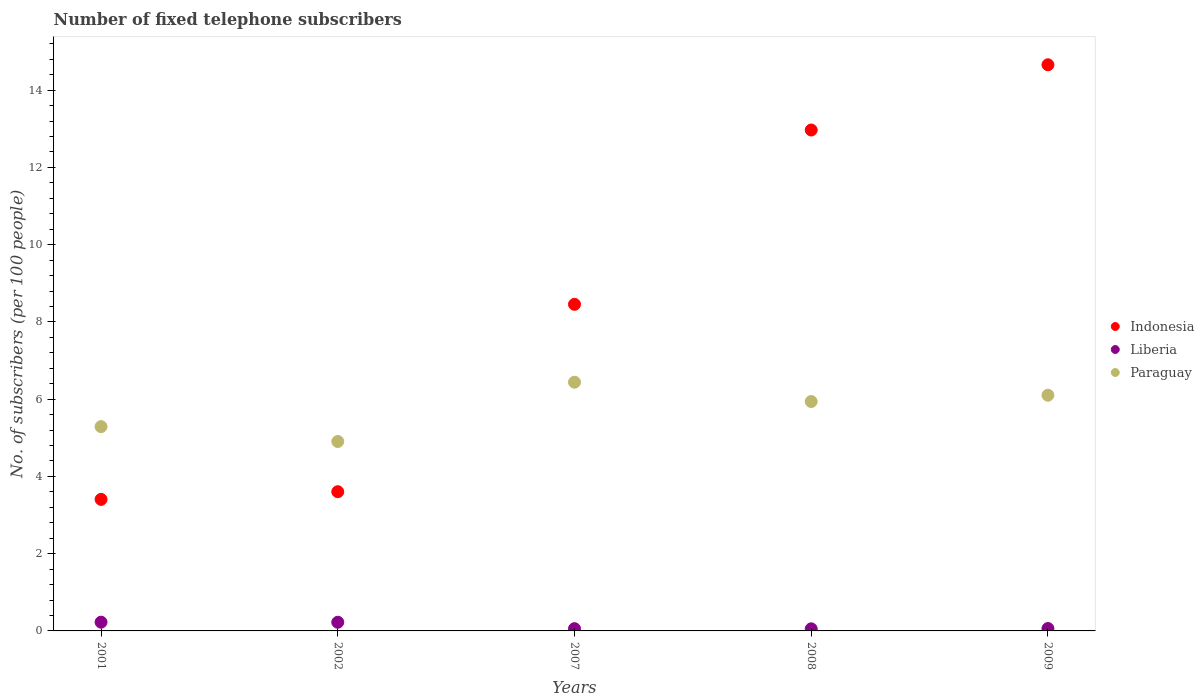
| Years | Indonesia | Liberia | Paraguay |
 | --- | --- | --- | --- |
 | 2001 | 3.41 | 0.227 | 5.29 |
 | 2002 | 3.6 | 0.225 | 4.9 |
 | 2007 | 8.46 | 0.0581 | 6.44 |
 | 2008 | 13 | 0.0545 | 5.94 |
 | 2009 | 14.7 | 0.0621 | 6.1 |